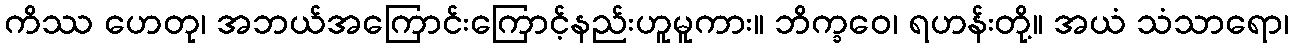
ကိဿ ဟေတု၊ အဘယ်အကြောင်းကြောင့်နည်းဟူမူကား။ ဘိက္ခဝေ၊ ရဟန်းတို့။ အယံ သံသာရော၊